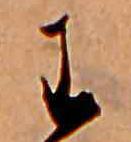
わ